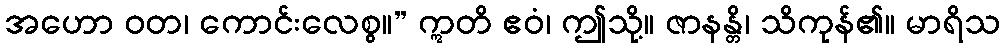
အဟော ဝတ၊ ကောင်းလေစွ။” ဣတိ ဧဝံ၊ ဤသို့။ ဇာနန္တိ၊ သိကုန်၏။ မာရိသ